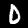
Label: 0